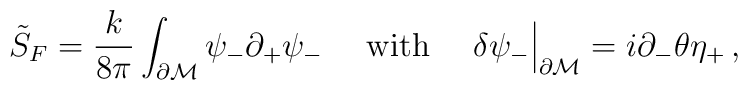
\tilde{S}_{\tiny F}=\frac{k}{8\pi}\int_{\partial\cal M}\psi_{-}\partial_+\psi_{-}\ \ \ \ \mbox{with}\ \ \ \ \delta\psi_{-}\Big|_{\partial\cal M}=i\partial_{-}\theta\eta_{+}\,,